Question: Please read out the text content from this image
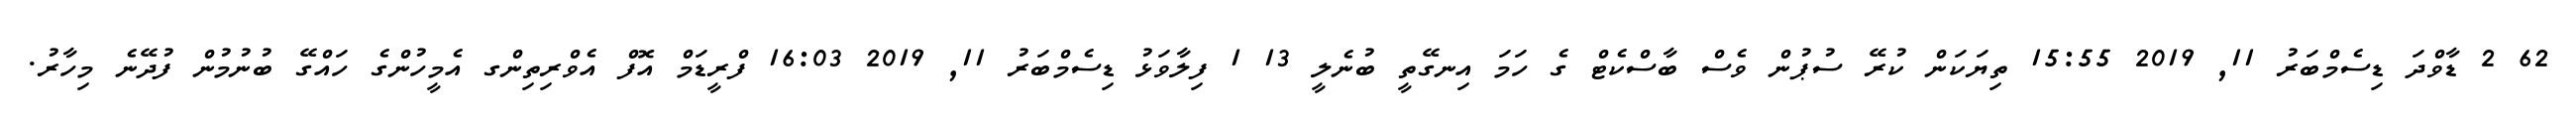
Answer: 62 2 ޑާވްދަ ޑިސެމްބަރު 11, 2019 15:55 ތިޔަކަން ކުރޭ ސުޕުން ވެސް ބާސްކެޓް ގެ ހަމަ އިނގޭތީ ބުނެލީ 13 1 ފިލާވަޅު ޑިސެމްބަރު 11, 2019 16:03 ފްރީޑަމް އޮފް އެވްރިތިންގ އެމީހުންގެ ހައްގޭ ބުނުމުން ފުދޭނެ މިހާރު.